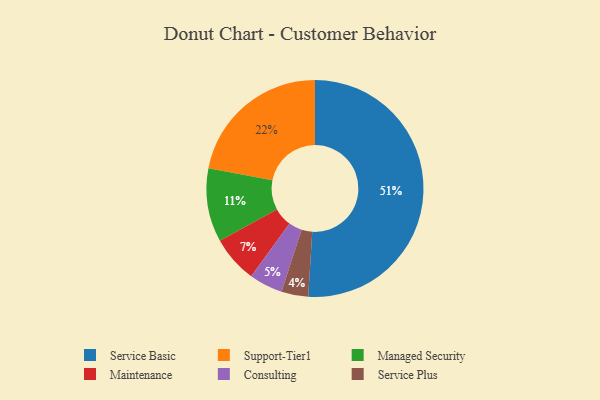
{"axis": {"x": "Category", "y": "Percentage"}, "legend": ["Consulting", "Maintenance", "Managed Security", "Service Basic", "Service Plus", "Support-Tier1"], "data": [{"x": "Maintenance", "y": 7, "type": "Maintenance"}, {"x": "Managed Security", "y": 11, "type": "Managed Security"}, {"x": "Service Basic", "y": 51, "type": "Service Basic"}, {"x": "Service Plus", "y": 4, "type": "Service Plus"}, {"x": "Consulting", "y": 5, "type": "Consulting"}, {"x": "Support-Tier1", "y": 22, "type": "Support-Tier1"}]}